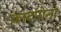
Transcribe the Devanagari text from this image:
कार्टागेना